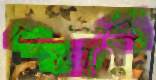
লিস্টার